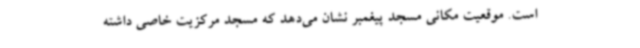
است. موقعیت مکانی مسجد پیغمبر نشان می‌دهد که مسجد مرکزیت خاصی داشته